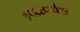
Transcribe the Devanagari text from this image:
१९९२पर्यंत